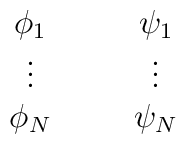
\begin{array}{cccc}\phi_1&&&\psi_1\\\vdots&&&\vdots\\\phi_N&&&\psi_N\end{array}